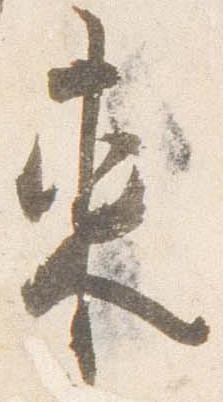
東